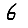
Digit: 6